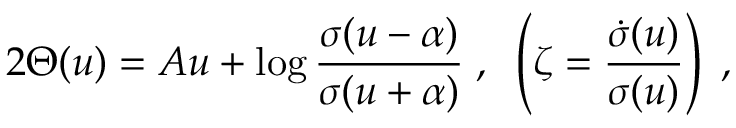
2 \Theta ( u ) = A u + \log \frac { \sigma ( u - \alpha ) } { \sigma ( u + \alpha ) } \; , \; \; \left( \zeta = \frac { \dot { \sigma } ( u ) } { \sigma ( u ) } \right) \; ,